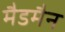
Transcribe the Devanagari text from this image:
मैडमैन